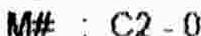
M# : C2 - 0